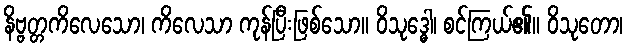
နိဗ္ဗတ္တကိလေသော၊ ကိလေသာ ကုန်ပြီးဖြစ်သော။ ဝိသုဒ္ဓေါ၊ စင်ကြယ်၏။ ဝိသုတော၊